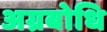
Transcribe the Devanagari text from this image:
अग्रबोधि